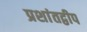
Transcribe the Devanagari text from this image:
प्रशांतद्वीप